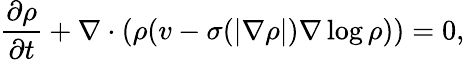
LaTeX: \frac{\partial\rho}{\partial t}+\nabla\cdot(\rho(v-\sigma(|\nabla\rho|)\nabla\log\rho))=0,